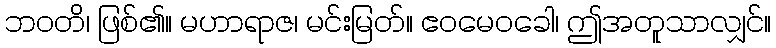
ဘဝတိ၊ ဖြစ်၏။ မဟာရာဇ၊ မင်းမြတ်။ ဧဝမေဝခေါ၊ ဤအတူသာလျှင်။